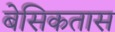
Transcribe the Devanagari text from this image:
बेसिकतास